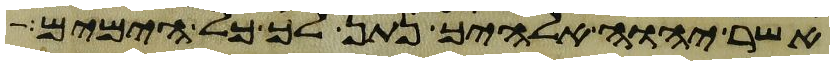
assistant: אשר יהוה אלהיך נתן לך כל הימים